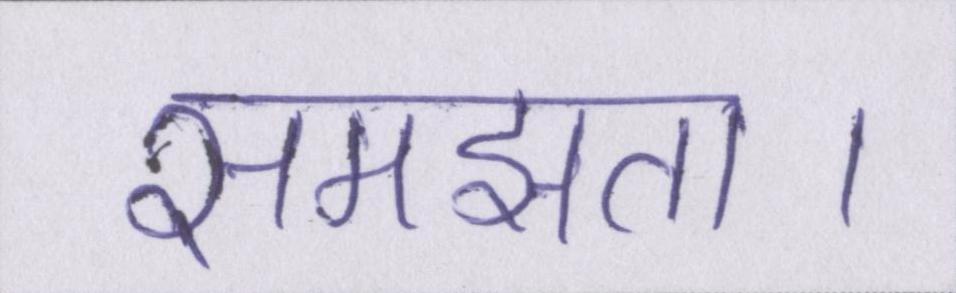
समझता।